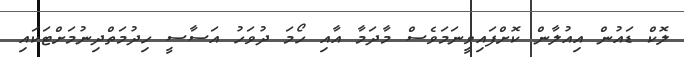
ލޮކް ޑައުން އިއުލާން ކޮށްފައިވީނަމަވެސް މާދަމާ އާއި ހޯމަ ދުވަހު އަސާސީ ހިދުމަތްދިނުމަށްޓަކައި